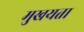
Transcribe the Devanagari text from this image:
मुखयता